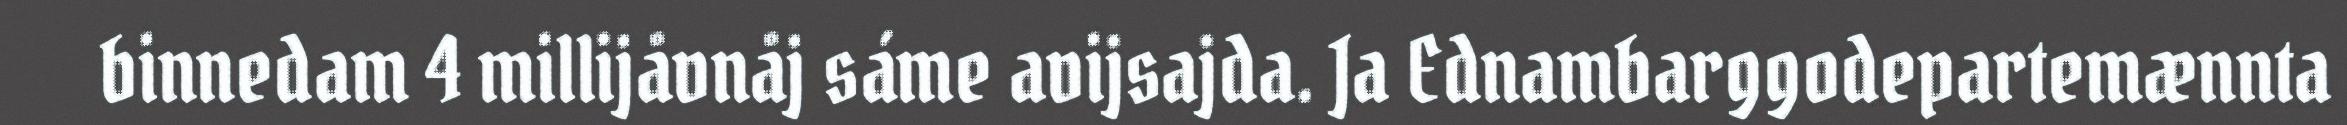
binnedam 4 millijåvnåj sáme avijsajda. Ja Ednambarggodepartemænnta